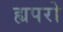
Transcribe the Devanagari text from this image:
ह्यपरो